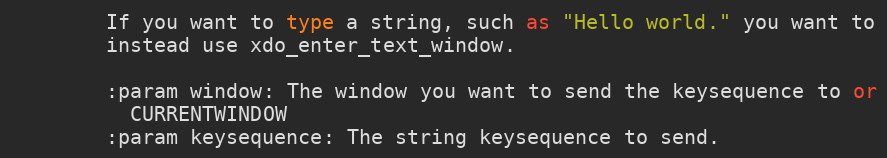
Language: Python
        If you want to type a string, such as "Hello world." you want to
        instead use xdo_enter_text_window.

        :param window: The window you want to send the keysequence to or
          CURRENTWINDOW
        :param keysequence: The string keysequence to send.